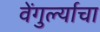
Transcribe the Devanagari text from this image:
वेंगुर्ल्याचा